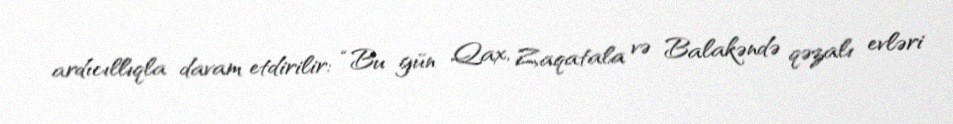
ardıcıllıqla davam etdirilir: “Bu gün Qax, Zaqatala və Balakəndə qəzalı evləri